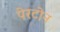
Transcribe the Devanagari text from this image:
पेरटोन